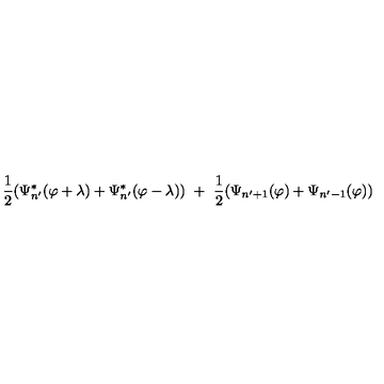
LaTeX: { \frac { 1 } { 2 } } ( \Psi _ { n ^ { \prime } } ^ { * } ( \varphi + \lambda ) + \Psi _ { n ^ { \prime } } ^ { * } ( \varphi - \lambda ) ) \ + \ { \frac { 1 } { 2 } } ( \Psi _ { n ^ { \prime } + 1 } ( \varphi ) + \Psi _ { n ^ { \prime } - 1 } ( \varphi ) )